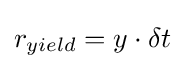
r_{yield}=y\cdot \delta t